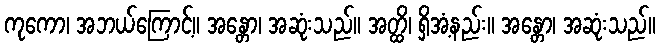
ကုကော၊ အဘယ်ကြောင့်။ အန္တော၊ အဆုံးသည်။ အတ္ထိ၊ ရှိအံ့နည်း။ အန္တော၊ အဆုံးသည်။